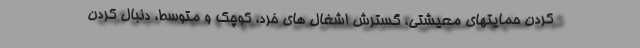
کردن حمایتهای معیشتی، گسترش اشغال های خرد، کوچک و متوسط، دنبال کردن